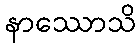
နာဿောသိ